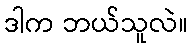
ဒါက ဘယ်သူလဲ။